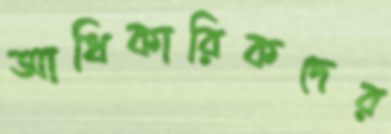
আধিকারিকদের